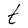
Character: t